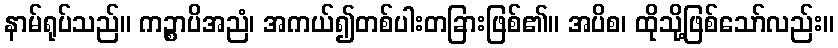
နာမ်ရုပ်သည်။ ကဉ္စာပိအညံ၊ အကယ်၍တစ်ပါးတခြားဖြစ်၏။ အပိစ၊ ထိုသို့ဖြစ်သော်လည်း။